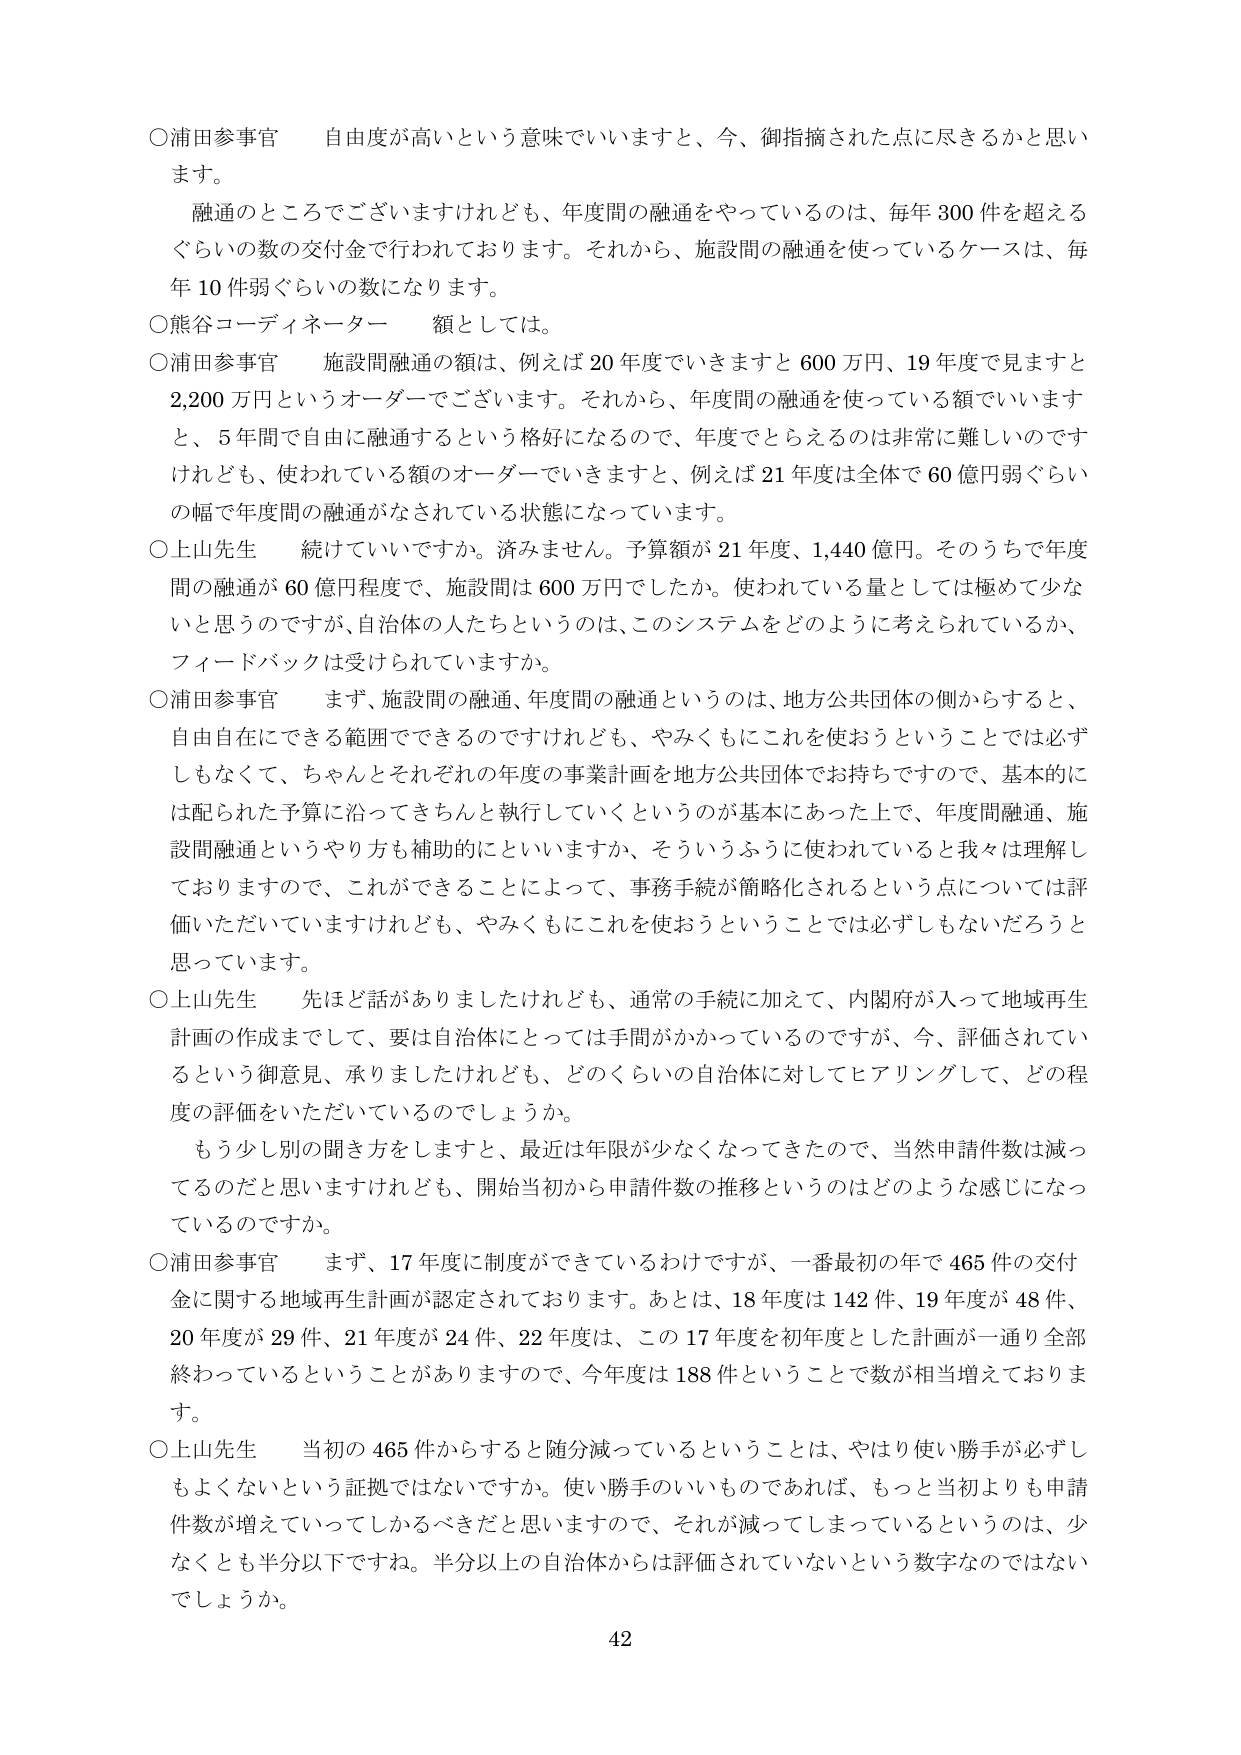
○浦田参事官　自由度が高いという意味でいいますと、今、御指摘された点に尽きるかと思います。

融通のところでございますけれども、年度間の融通をやっているのは、毎年300件を超えるぐらいの数の交付金で行われております。それから、施設間の融通を使っているケースは、毎年10件弱ぐらいの数になります。

○熊谷コーディネーター　額としては。

○浦田参事官　施設間融通の額は、例えば20年度でいきますと600万円、19年度で見ますと2,200万円というオーダーでございます。それから、年度間の融通を使っている額でいいますと、5年間で自由に融通するという格好になるので、年度でとらえるのは非常に難しいのですけれども、使われている額のオーダーでいきますと、例えば21年度は全体で60億円弱ぐらいの幅で年度間の融通がなされている状態になっています。

○上山先生　続けていいですか。済みません。予算額が21年度、1,440億円。そのうちで年度間の融通が60億円程度で、施設間は600万円でしたか。使われている量としては極めて少ないと思うのですが、自治体の人たちというのは、このシステムをどのように考えられているか、フィードバックは受けられていますか。

○浦田参事官　まず、施設間の融通、年度間の融通というのは、地方公共団体の側からすると、自由自在にできる範囲でできるのですけれども、やみくもにこれを使おうということでは必ずしもなくて、ちゃんとそれぞれの年度の事業計画を地方公共団体でお持ちですので、基本的には配られた予算に沿ってきちんと執行していくというのが基本にあった上で、年度間融通、施設間融通というやり方も補助的にといいますか、そういうふうに使われていると我々は理解しておりますので、これができることによって、事務手続が簡略化されるという点については評価いただいていますけれども、やみくもにこれを使おうということでは必ずしもないだろうと思っています。

○上山先生　先ほど話がありましたけれども、通常の手続に加えて、内閣府が入って地域再生計画の作成までして、要は自治体にとっては手間がかかっているのですが、今、評価されているという御意見、承りましたけれども、どのくらいの自治体に対してヒアリングして、どの程度の評価をいただいているのでしょうか。

もう少し別の聞き方をしますと、最近は年限が少なくなってきたので、当然申請件数は減っているのだと思いますけれども、開始当初から申請件数の推移というのはどのような感じになっているのですか。

○浦田参事官　まず、17年度に制度ができているわけですが、一番最初の年で465件の交付金に関する地域再生計画が認定されております。あとは、18年度は142件、19年度が48件、20年度が29件、21年度が24件、22年度は、この17年度を初年度とした計画が一通り全部終わっているということがありますので、今年度は188件ということで数が相当増えております。

○上山先生　当初の465件からすると随分減っているということは、やはり使い勝手が必ずしもよくないという証拠ではないですか。使い勝手のいいものであれば、もっと当初よりも申請件数が増えていってしかるべきだと思いますので、それが減ってしまっているというのは、少なくとも半分以下ですね。半分以上の自治体からは評価されていないという数字なのではないでしょうか。

42